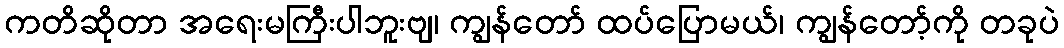
ကတိဆိုတာ အရေးမကြီးပါဘူးဗျ၊ ကျွန်တော် ထပ်ပြောမယ်၊ ကျွန်တော့်ကို တခုပဲ